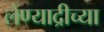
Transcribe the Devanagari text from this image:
लेण्याद्रीच्या